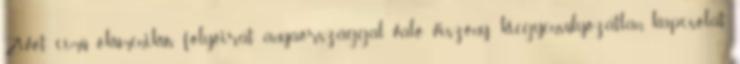
Zivot című ökumenikus folyóirat anyaországgal való viszony: kiegyensúlyozatlan kapcsolat